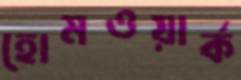
হোমওয়ার্ক